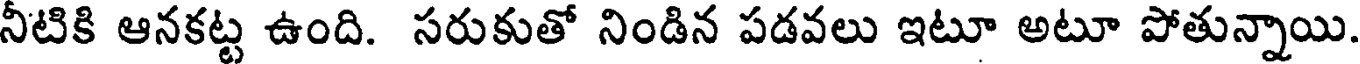
నీటికి ఆనకట్ట ఉంది. సరుకుతో నిండిన పడవలు ఇటూ అటూ పోతున్నాయి